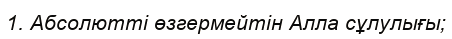
1. Абсолютті өзгермейтін Алла сұлулығы;